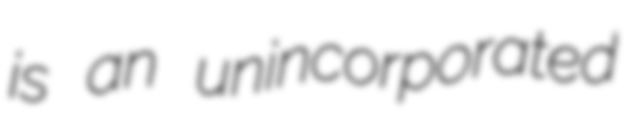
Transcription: is an unincorporated